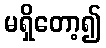
မရှိတော့၍